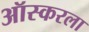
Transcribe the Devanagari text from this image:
ऑस्करला